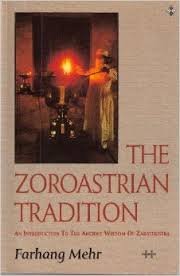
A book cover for Zoroastrian Tradition: An Introduction to the Ancient Wisdom of Zarathustra; Farhang Mehr; Religion & Spirituality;